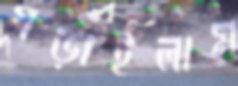
গড়াইলাম